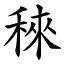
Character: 䅘